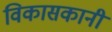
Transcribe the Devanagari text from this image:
विकासकानी